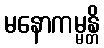
မနောကမ္မန္တိ